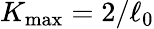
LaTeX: K_{\mathrm{max}}=2/\ell_{0}